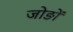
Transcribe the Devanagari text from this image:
जोङों